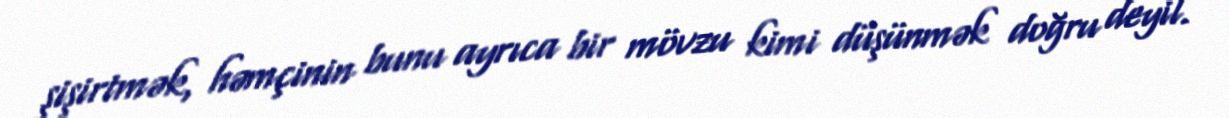
şişirtmək, həmçinin bunu ayrıca bir mövzu kimi düşünmək doğru deyil.